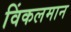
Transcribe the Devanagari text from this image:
विंकलमान